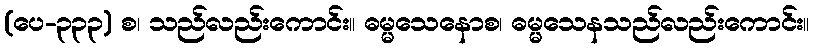
(ပေ-၃၃၃) စ၊ သည်လည်းကောင်း။ ဓမ္မသေနောစ၊ ဓမ္မသေနသည်လည်းကောင်း။